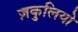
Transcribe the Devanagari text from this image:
ज़कुलियो